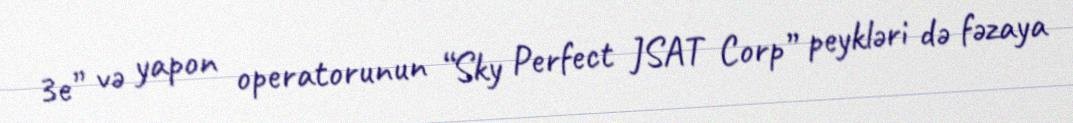
3e” və yapon operatorunun “Sky Perfect JSAT Corp” peykləri də fəzaya